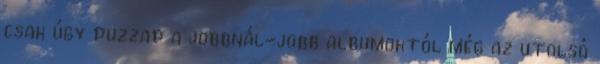
csak úgy duzzad a jobbnál-jobb albumoktól még az utolsó